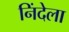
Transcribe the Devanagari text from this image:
निंदेला